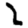
Digit: 2